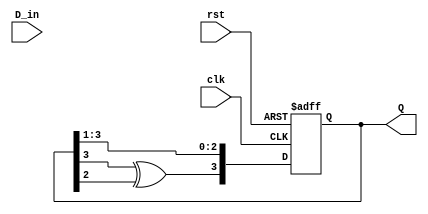
module feedback_register (
    input wire clk,         // Clock input
    input wire rst,         // Reset input
    input wire D_in,        // Input data line
    output reg [3:0] Q      // 4-bit output
);

    // Internal signals for feedback
    wire feedback;

    // Generate feedback signal (XOR of the last flip-flop's output)
    assign feedback = Q[3] ^ Q[2]; // Example feedback: XOR of Q[3] and Q[2]

    // Sequential logic for the feedback register
    always @(posedge clk or posedge rst) begin
        if (rst) begin
            Q <= 4'b0000; // Reset the register to zero
        end else begin
            // Shift the register and apply feedback
            Q <= {feedback, Q[3:1]}; // Shift left and insert feedback at Q[0]
        end
    end

endmodule